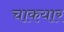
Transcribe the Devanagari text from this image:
चाकयार